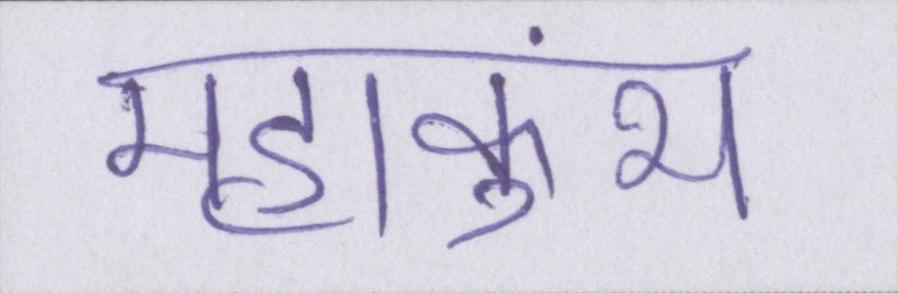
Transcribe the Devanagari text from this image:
महाकुंभ